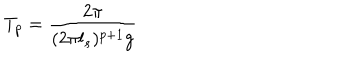
T _ { p } = \frac { 2 \pi } { ( 2 \pi l _ { s } ) ^ { p + 1 } g }